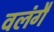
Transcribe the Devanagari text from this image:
वलंगै